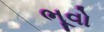
ભૂવો